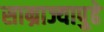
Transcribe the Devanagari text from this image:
साम्राज्यापुढे